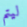
ليتم